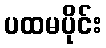
ပထမပိုင်း